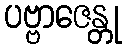
ပဗ္ဗာဇေန္တု